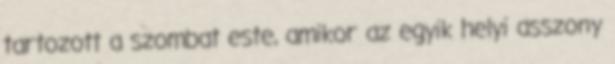
tartozott a szombat este, amikor az egyik helyi asszony